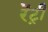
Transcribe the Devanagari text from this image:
रेंट्री